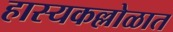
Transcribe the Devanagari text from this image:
हास्यकल्लोळात